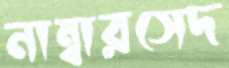
নাম্বারসেদ